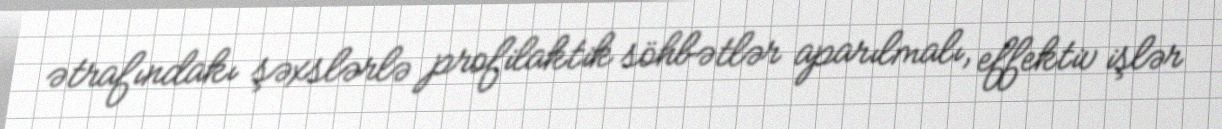
ətrafındakı şəxslərlə profilaktik söhbətlər aparılmalı, effektiv işlər